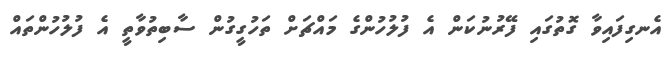
އެނގިފައިވާ ގޮތުގައި ފޭރުނުކަން އެ ފުލުހުންގެ މައްޗަށް ތަހުގީގުން ސާބިތުވާތީ އެ ފުލުހުންތައް